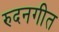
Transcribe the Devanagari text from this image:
रुदनगीत